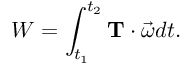
W = \int _ { t _ { 1 } } ^ { t _ { 2 } } \mathbf { T } \cdot { \vec { \omega } } d t .